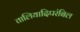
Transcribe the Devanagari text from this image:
तालियादिपरंबिल